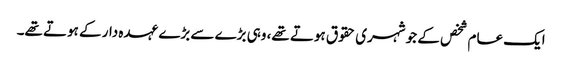
ایک عام شخص کے جو شہری حقوق ہوتے تھے، وہی بڑے سے بڑے عہدہ دار کے ہوتے تھے۔